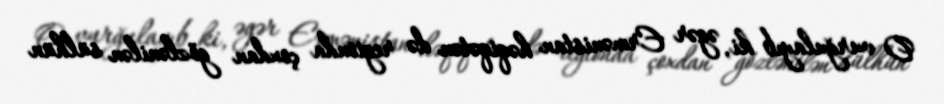
O vurğulayıb ki, əgər Ermənistan həqiqətən də regionda çoxdan gözlənilən sülhün